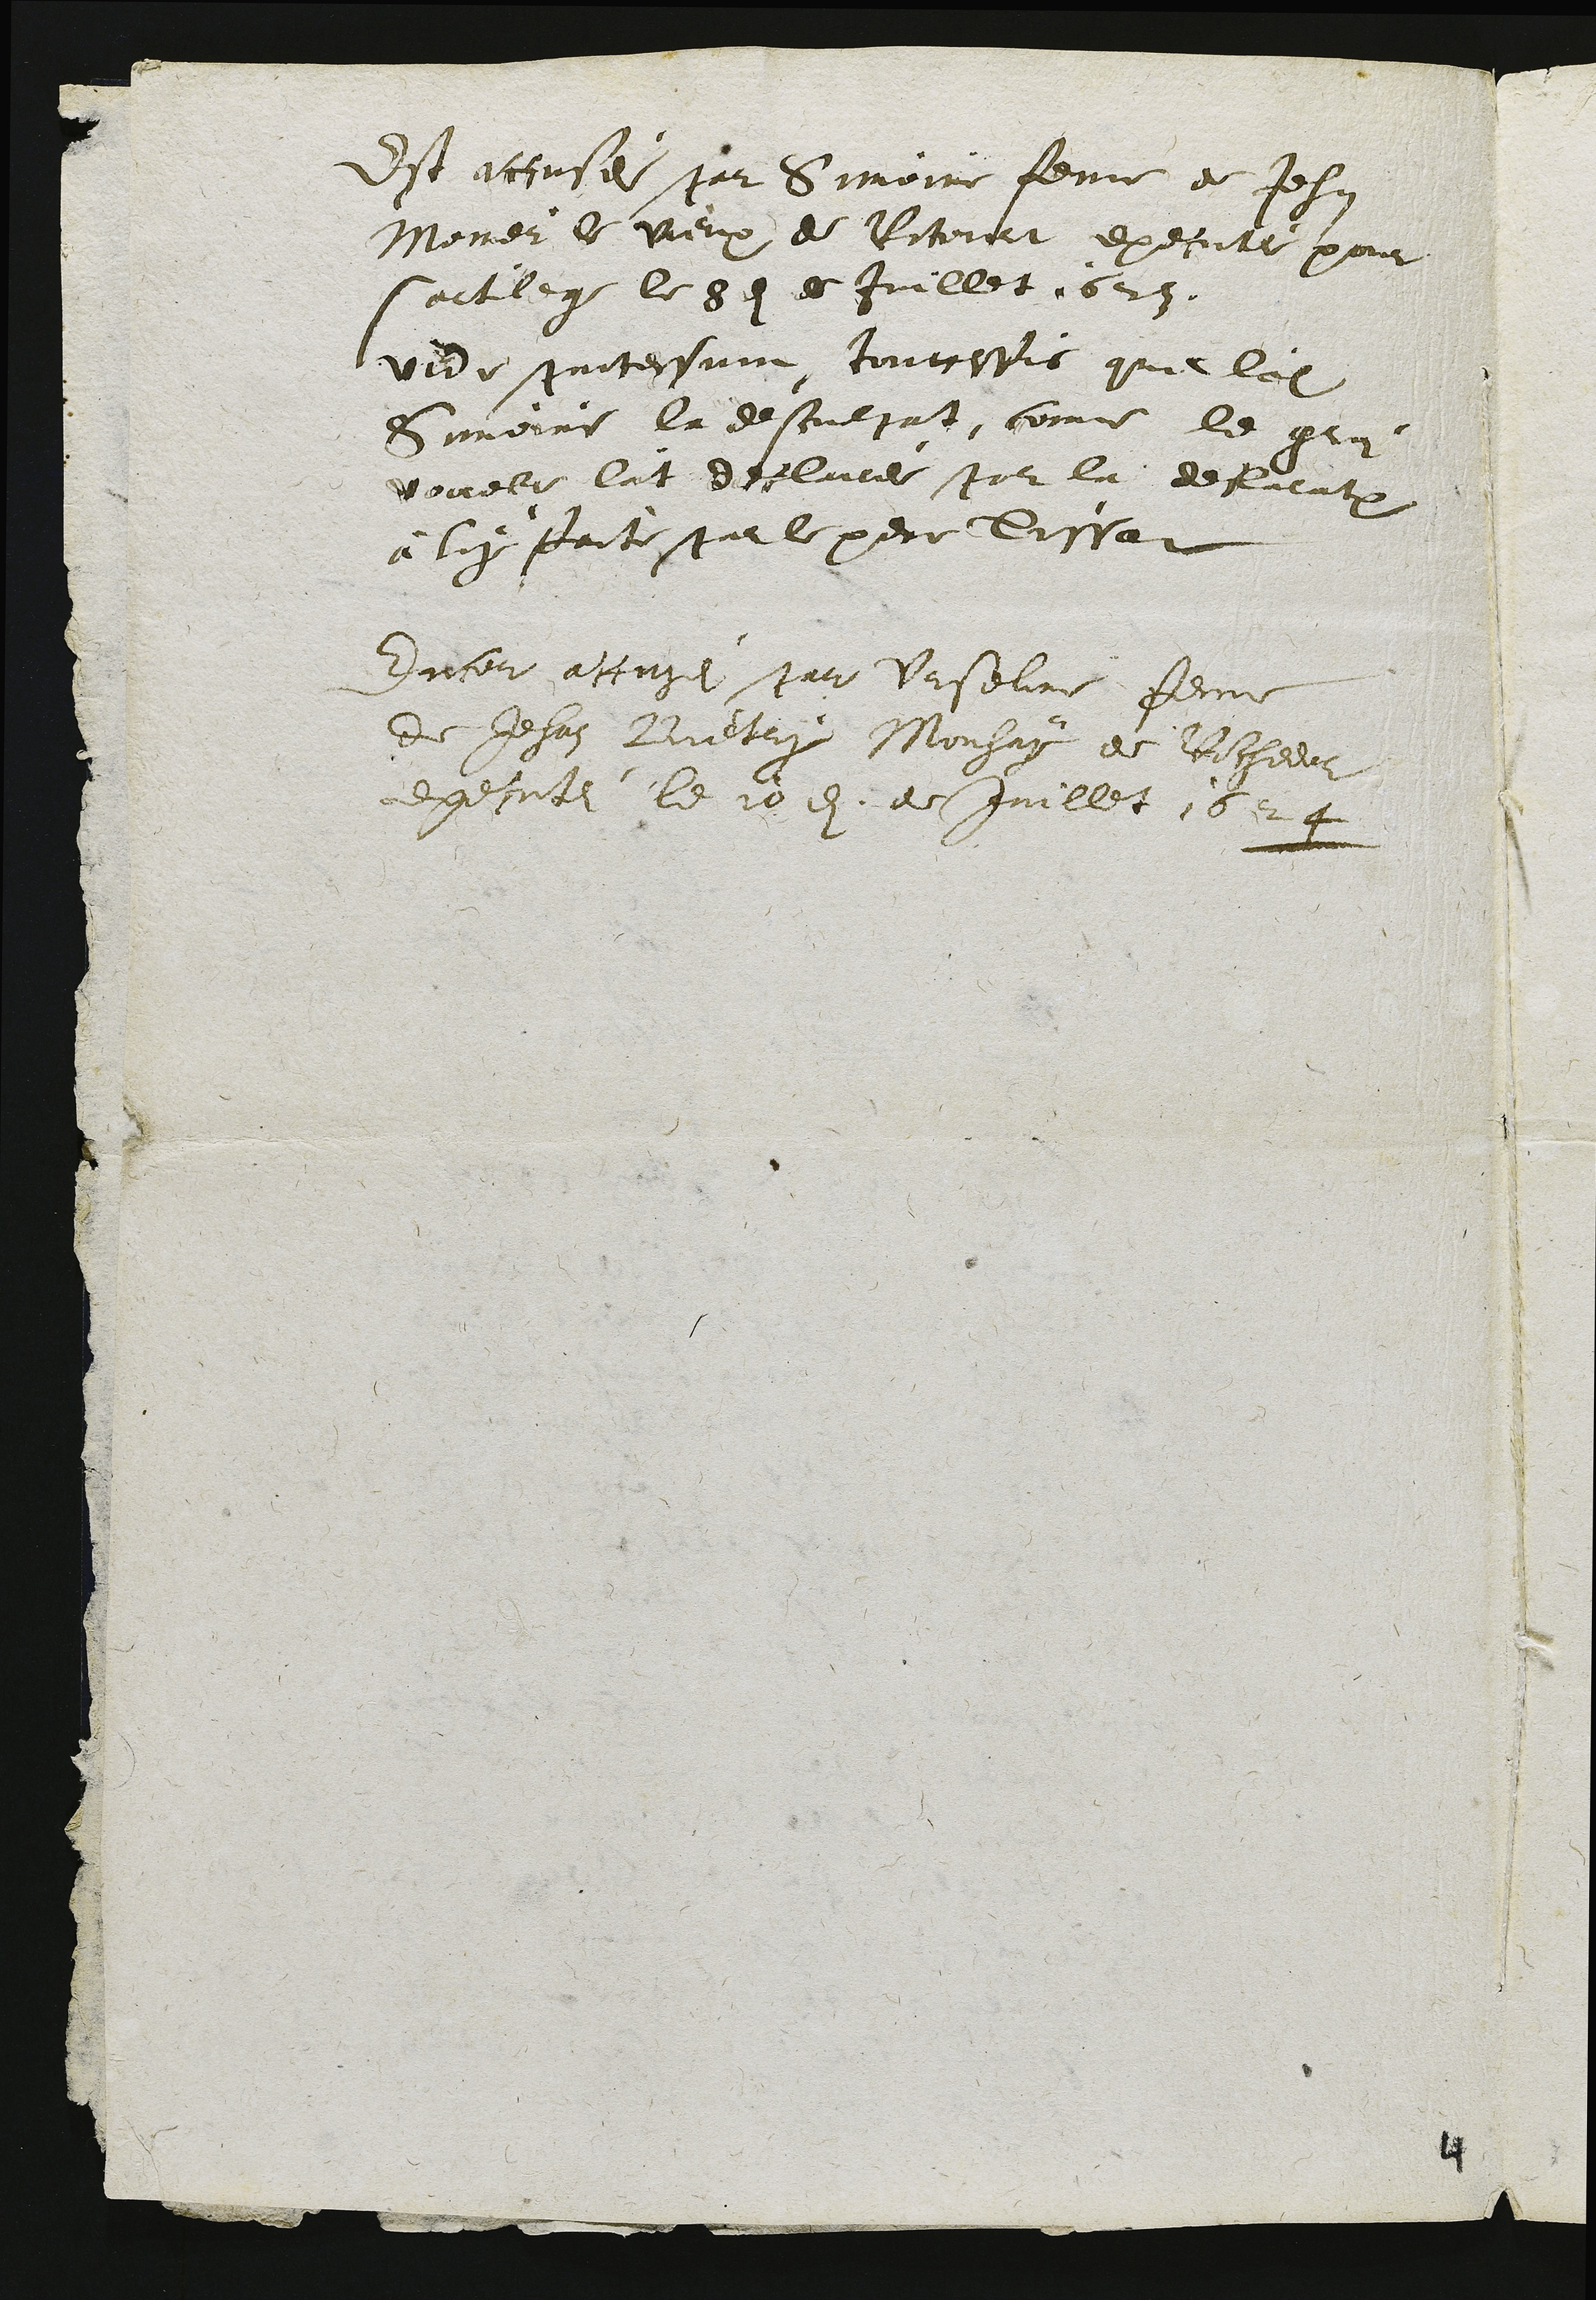
Est accusei par Simoine feme de Jehan
Monier le vieux de Rocourt executei pour
sortilege le 8e de Juillet 1623.
vide protocolum toutesfois que ladite
Simoine la desculpat, come le groz
vouebe làt declarei par la declaration
à luy faite par le pere Tissat
Encor accusei par Urseline femme
de Jehan Bietry Mouhay de Rochedor
executei le 10e de Juillet 1624

4